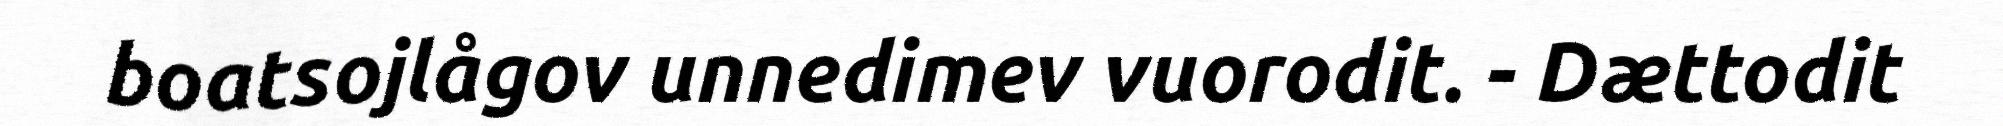
boatsojlågov unnedimev vuorodit. - Dættodit